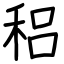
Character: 稆